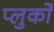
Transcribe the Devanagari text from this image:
प्लुर्कों